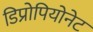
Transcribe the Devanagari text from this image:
डिप्रोपियोनेट